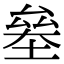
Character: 𠬁